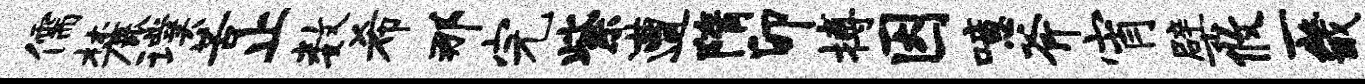
儒麓璞苦止数希那完紫遭隋卯搏因噫斧宵檗攸一畿